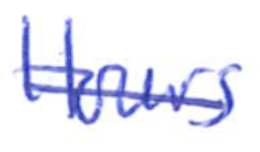
Text: Hours
Cross-out: single-line
Writing tool: ballpoint